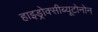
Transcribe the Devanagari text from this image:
हाइड्रोक्सीब्यूटोनोन